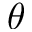
\theta